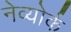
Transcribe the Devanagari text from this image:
नेव्योर्क